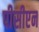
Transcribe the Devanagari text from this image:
पीसीएन